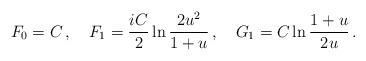
LaTeX: \begin{align*}F_0 = C\,,\quad F_1 = \frac{iC}2\ln\frac{2u^2}{1+u}\,,\quad G_1 = C\ln\frac{1+u}{2u}\,.\end{align*}